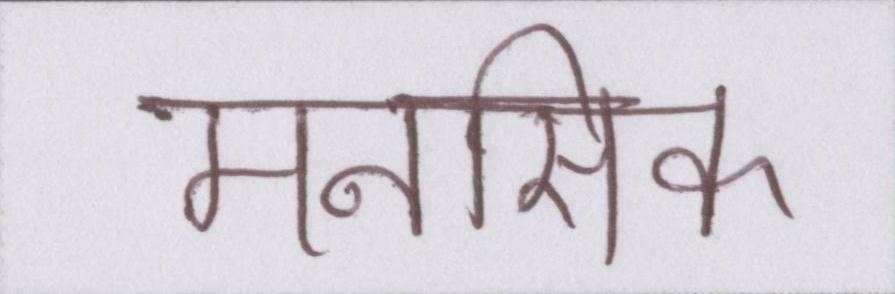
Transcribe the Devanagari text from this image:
मनसिक